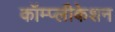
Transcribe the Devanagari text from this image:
कॉम्प्लीकेशन